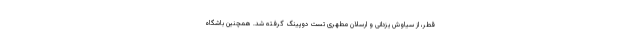
قطر، از سیاوش یزدانی و ارسلان مطهری تست دوپینگ گرفته شد. همچنین باشگاه